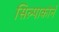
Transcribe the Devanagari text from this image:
सिल्पाकोर्न